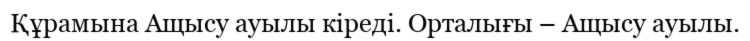
Құрамына Ащысу ауылы кіреді. Орталығы – Ащысу ауылы.